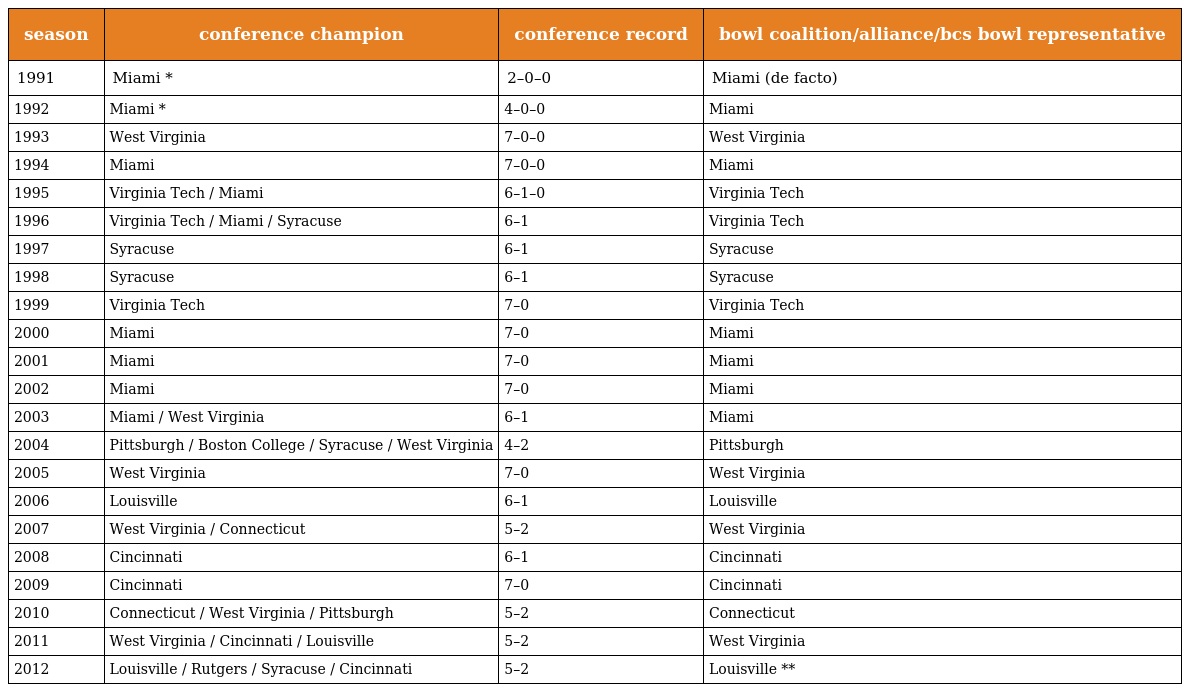
| season | conference champion | conference record | bowl coalition/alliance/bcs bowl representative |
 | --- | --- | --- | --- |
 | 1991 | Miami * | 2–0–0 | Miami (de facto) |
 | 1992 | Miami * | 4–0–0 | Miami |
 | 1993 | West Virginia | 7–0–0 | West Virginia |
 | 1994 | Miami | 7–0–0 | Miami |
 | 1995 | Virginia Tech / Miami | 6–1–0 | Virginia Tech |
 | 1996 | Virginia Tech / Miami / Syracuse | 6–1 | Virginia Tech |
 | 1997 | Syracuse | 6–1 | Syracuse |
 | 1998 | Syracuse | 6–1 | Syracuse |
 | 1999 | Virginia Tech | 7–0 | Virginia Tech |
 | 2000 | Miami | 7–0 | Miami |
 | 2001 | Miami | 7–0 | Miami |
 | 2002 | Miami | 7–0 | Miami |
 | 2003 | Miami / West Virginia | 6–1 | Miami |
 | 2004 | Pittsburgh / Boston College / Syracuse / West Virginia | 4–2 | Pittsburgh |
 | 2005 | West Virginia | 7–0 | West Virginia |
 | 2006 | Louisville | 6–1 | Louisville |
 | 2007 | West Virginia / Connecticut | 5–2 | West Virginia |
 | 2008 | Cincinnati | 6–1 | Cincinnati |
 | 2009 | Cincinnati | 7–0 | Cincinnati |
 | 2010 | Connecticut / West Virginia / Pittsburgh | 5–2 | Connecticut |
 | 2011 | West Virginia / Cincinnati / Louisville | 5–2 | West Virginia |
 | 2012 | Louisville / Rutgers / Syracuse / Cincinnati | 5–2 | Louisville ** |